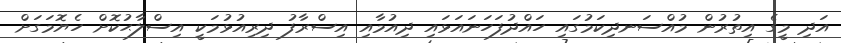
އަދި މީގެ އިތުރުން މުއްސަނދިކަމުގައި ހައްދުފަހަނައަޅައި ދިއުމާއި އިސްރާފު ދިރިއުޅުމަކީ އިސްލާޙުކޮށް ހެޔޮމަގަށް